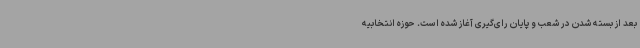
بعد از بسته شدن در شعب و پایان رای‌گیری آغاز شده است. حوزه انتخابیه